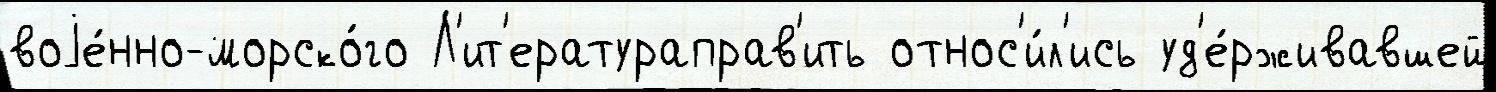
воjе́нно-морско́го Л'ит'ератураправ'ить относ'и́л'ись уд'е́рживавшей